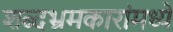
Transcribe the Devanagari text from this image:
शब्दभ्रमकारांमध्ये